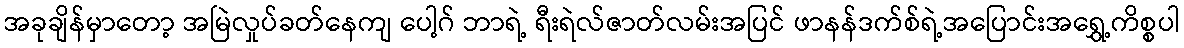
အခုချိန်မှာတော့ အမြဲလှုပ်ခတ်နေကျ ပေါ့ဂ် ဘာရဲ့ ရီးရဲလ်ဇာတ်လမ်းအပြင် ဖာနန်ဒက်စ်ရဲ့အပြောင်းအရွှေ့ကိစ္စပါ